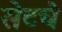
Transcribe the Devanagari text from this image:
सेटचे